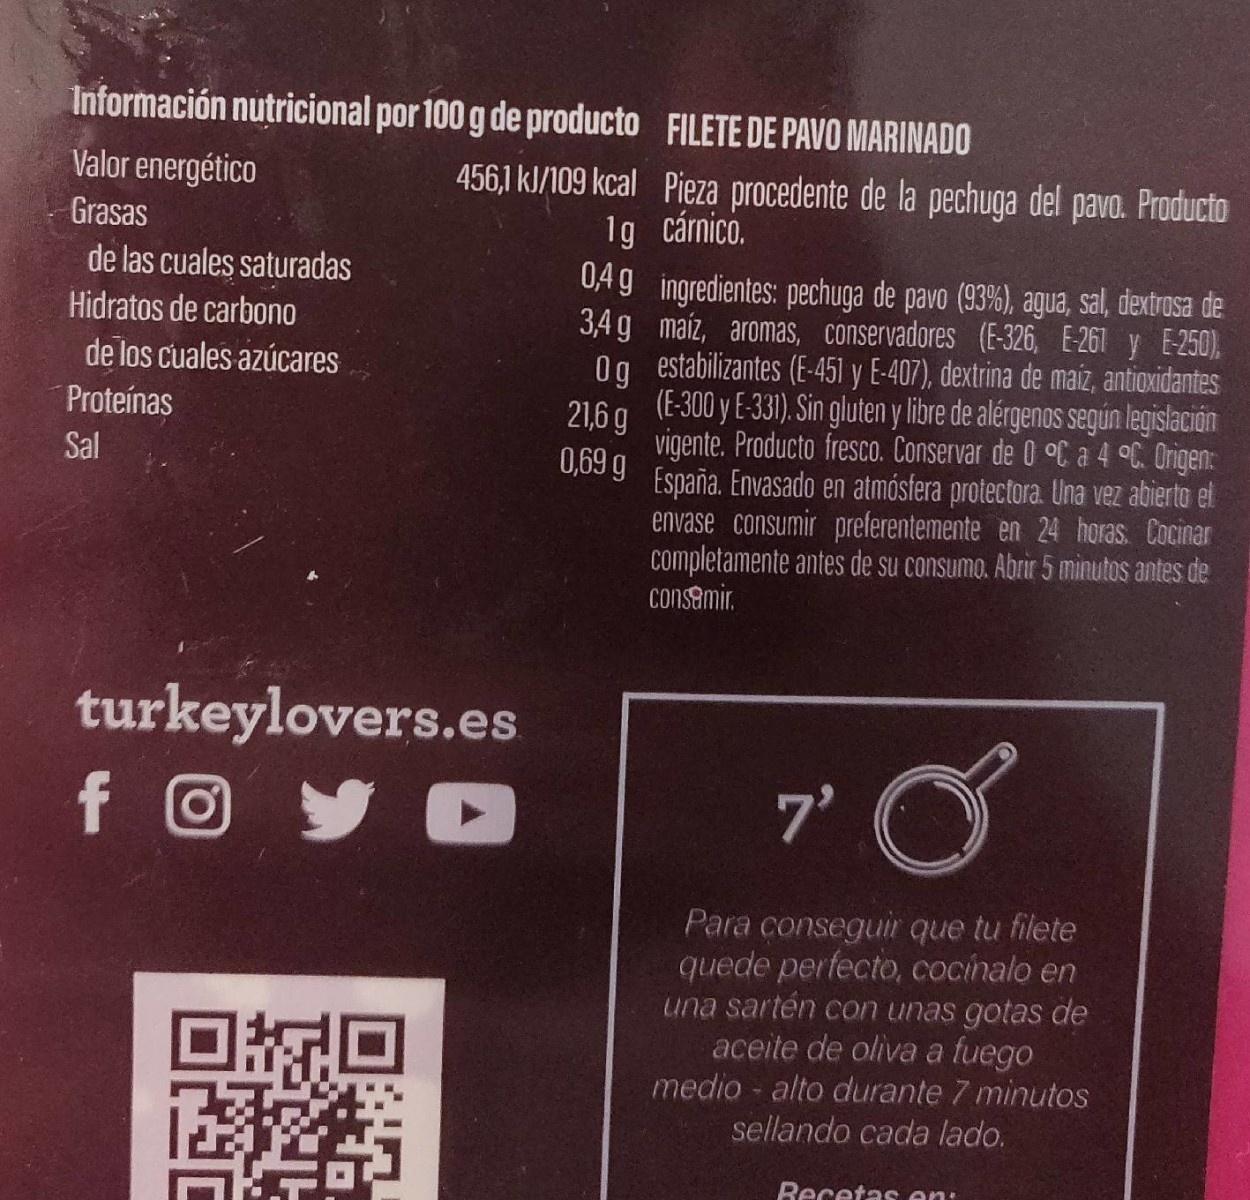
Información nutricional por 100 g de producto FILETE DE PAVO MARINADO Valor energético 456,1 kJ/109 kcal Pieza procedente de la pechuga del pavo. Producto 1g cárnico. 04 9 ingredientes: pechuga de pavo (93%), agua, sal, dextrosa de 3,4 g maiz, aromas, conservadores (E-326, E-261 y E-250), Og estabilizantes (E-451 y E-407), dextrina de maiz, antioxidantes (E-300 y E-331). Sin gluten y libre de alérgenos según legislación Grasas de las cuales saturadas Hidratos de carbono de los cuales azúcares 21,6 g vigente. Producto fresco. Conservar de 0 °C a 4 °C. Origen: 0,69 g España. Envasado en atmósfera protectora. Una vez abierto et Proteínas Sal envase consumir preferentemente en 24 horas. Cocinar completamente antes de su consumo. Abrir 5 minutos antes de consamir. turkeylovers.es 7' Para conseguir que tu filete quede perfecto, Cocinalo en una sartén con unas gotas de aceite de oliva a fuego medio alto durante 7 minutos sellando cada lado. Recetas en: